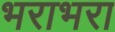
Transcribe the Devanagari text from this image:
भराभरा